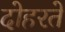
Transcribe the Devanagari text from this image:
दोहरते